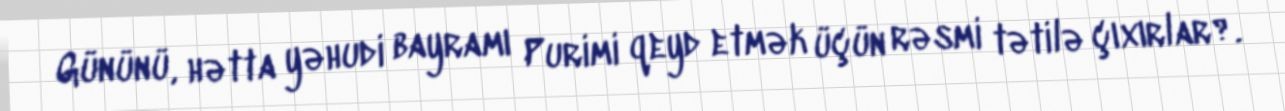
Gününü, hətta yəhudi bayramı Purimi qeyd etmək üçün rəsmi tətilə çıxırlar?.